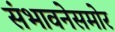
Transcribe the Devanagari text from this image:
संभावनेसमोर